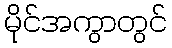
မိုင်အကွာတွင်